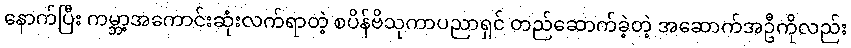
နောက်ပြီး ကမ္ဘာ့အကောင်းဆုံးလက်ရာတဲ့ စပိန်ဗိသုကာပညာရှင် တည်ဆောက်ခဲ့တဲ့ အဆောက်အဦကိုလည်း